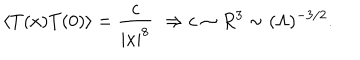
\langle T ( x ) T ( 0 ) \rangle = { \frac { c } { | x | ^ { 8 } } } \, \, \Rightarrow c \sim R ^ { 3 } \sim ( \Lambda ) ^ { - 3 / 2 } .